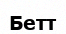
Бетт